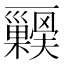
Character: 𭬺